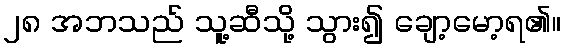
၂၈ အဘသည် သူ့ဆီသို့ သွား၍ ချော့မော့ရ၏။